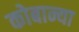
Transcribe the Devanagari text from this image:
कोबान्या